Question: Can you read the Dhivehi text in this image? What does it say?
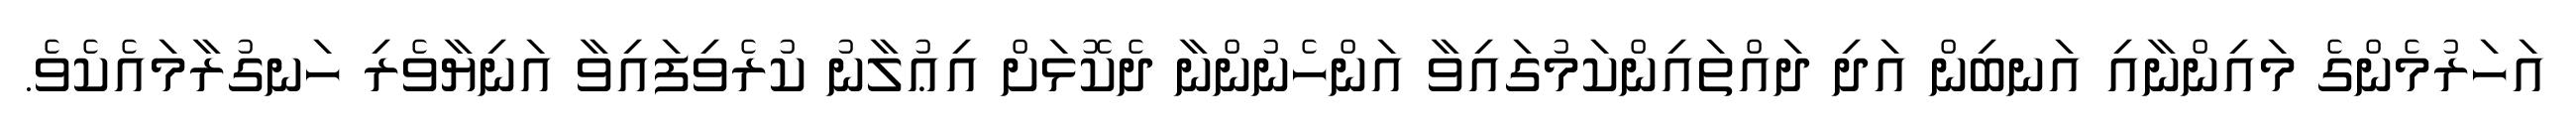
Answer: އަހަރުމެންގެ މައިންނާއި އަނބިން އަދި ދައްތައިންކަމުގައިވާ އަންހެނުންނާ ދެކޮޅަށް އިޢުލާނު ކުރެވިފައިވާ އަނިޔާވެރި ހަނގުރާމައެކެވެ.